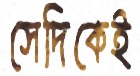
সেদিকেই